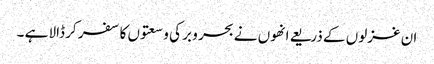
ان غزلوں کے ذریعے انھوں نے بحر و بر کی وسعتوں کا سفر کر ڈالا ہے ۔